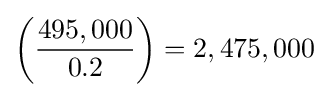
\left({\frac {495,000}{0.2}}\right)=2,475,000